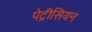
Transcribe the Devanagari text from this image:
पेट्रीसियन